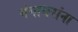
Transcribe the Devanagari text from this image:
गंगाधरांना